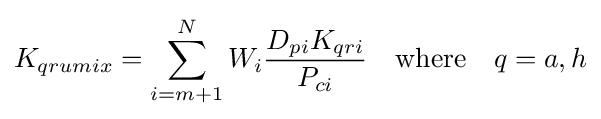
K_{qrumix}=\sum _{i=m+1}^{N}W_{i}{\frac {D_{pi}K_{qri}}{P_{ci}}}\quad {\text{where}}\quad q=a,h